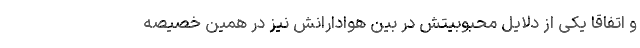
و اتفاقا یکی از دلایل محبوبیتش در بین هوادارانش نیز در همین خصیصه